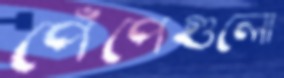
পেঁপেগুলো